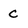
Character: C